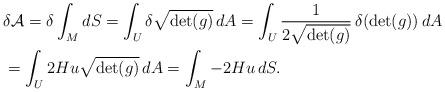
LaTeX: \begin{align*} &\delta \mathcal{A} = \delta \int_M dS = \int_U \delta \sqrt{\det(\*g)} \, dA = \int_U \frac{1}{2\sqrt{\det(\*g)}} \, \delta (\det(\*g)) \, dA \\&= \int_U 2 Hu \sqrt{\det(\*g)} \, dA = \int_M -2Hu \, dS.\end{align*}